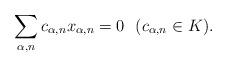
LaTeX: \begin{align*}\sum_{\alpha,n}c_{\alpha,n}x_{\alpha,n} = 0 \ \ (c_{\alpha,n}\in K) .\end{align*}